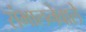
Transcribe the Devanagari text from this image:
संभालनेवाले